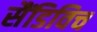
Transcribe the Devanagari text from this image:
सैंडिविच